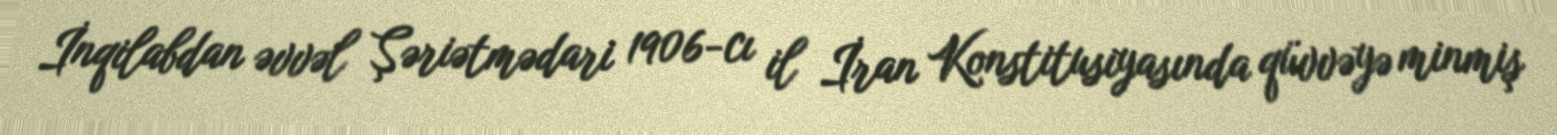
İnqilabdan əvvəl Şəriətmədari 1906-cı il İran Konstitusiyasında qüvvəyə minmiş